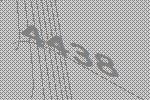
4438